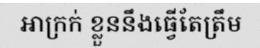
អាក្រក់ ខ្លួននឹងធ្វើតែត្រឹម